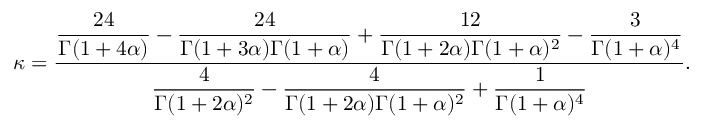
\kappa = \frac { \displaystyle \frac { 2 4 } { \Gamma ( 1 + 4 \alpha ) } - \frac { 2 4 } { \Gamma ( 1 + 3 \alpha ) \Gamma ( 1 + \alpha ) } + \frac { 1 2 } { \Gamma ( 1 + 2 \alpha ) \Gamma ( 1 + \alpha ) ^ { 2 } } - \frac { 3 } { \Gamma ( 1 + \alpha ) ^ { 4 } } } { \displaystyle \frac { 4 } { \Gamma ( 1 + 2 \alpha ) ^ { 2 } } - \frac { 4 } { \Gamma ( 1 + 2 \alpha ) \Gamma ( 1 + \alpha ) ^ { 2 } } + \frac { 1 } { \Gamma ( 1 + \alpha ) ^ { 4 } } } .